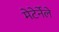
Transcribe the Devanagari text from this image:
मेटेर्नेले